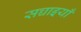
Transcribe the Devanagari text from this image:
सच्चाइयाँ